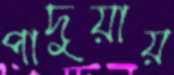
পাদুয়ায়